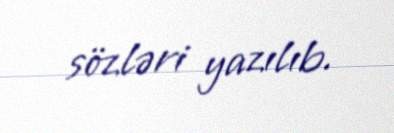
sözləri yazılıb.